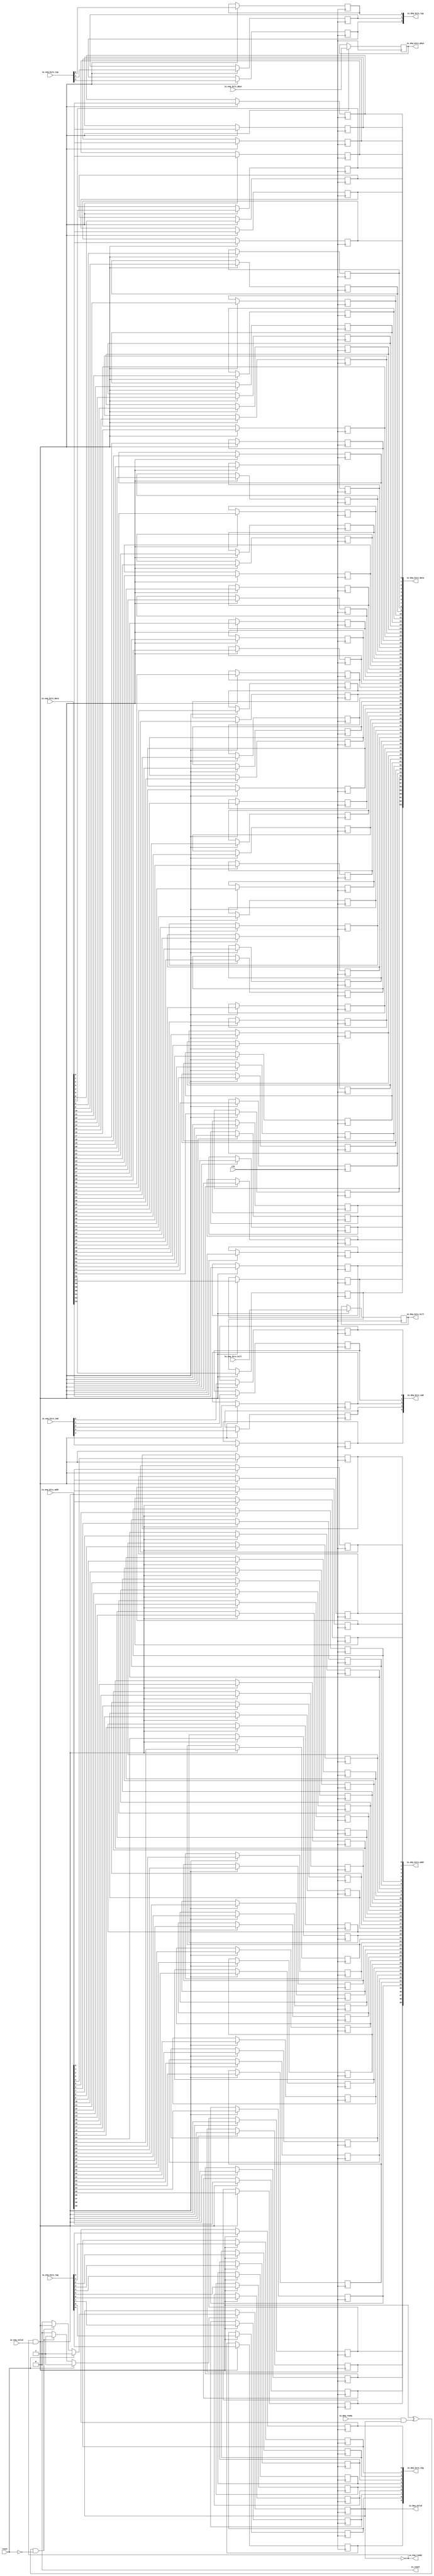
module Queue_11
(
  clk,
  reset,
  io_enq_ready,
  io_enq_valid,
  io_enq_bits_addr,
  io_enq_bits_tag,
  io_enq_bits_cmd,
  io_enq_bits_typ,
  io_enq_bits_kill,
  io_enq_bits_phys,
  io_enq_bits_data,
  io_deq_ready,
  io_deq_valid,
  io_deq_bits_addr,
  io_deq_bits_tag,
  io_deq_bits_cmd,
  io_deq_bits_typ,
  io_deq_bits_kill,
  io_deq_bits_phys,
  io_deq_bits_data,
  io_count
);

  input [39:0] io_enq_bits_addr;
  input [9:0] io_enq_bits_tag;
  input [4:0] io_enq_bits_cmd;
  input [2:0] io_enq_bits_typ;
  input [63:0] io_enq_bits_data;
  output [39:0] io_deq_bits_addr;
  output [9:0] io_deq_bits_tag;
  output [4:0] io_deq_bits_cmd;
  output [2:0] io_deq_bits_typ;
  output [63:0] io_deq_bits_data;
  input clk;
  input reset;
  input io_enq_valid;
  input io_enq_bits_kill;
  input io_enq_bits_phys;
  input io_deq_ready;
  output io_enq_ready;
  output io_deq_valid;
  output io_deq_bits_kill;
  output io_deq_bits_phys;
  output io_count;
  wire io_enq_ready,io_deq_valid,io_count,N0,T2,do_enq,do_deq,empty,N1,N2,N3,N4,N5,N6;
  reg [1:1] T0;
  reg [39:0] io_deq_bits_addr;
  reg [9:0] io_deq_bits_tag;
  reg [4:0] io_deq_bits_cmd;
  reg [2:0] io_deq_bits_typ;
  reg io_deq_bits_kill,io_deq_bits_phys;
  reg [63:0] io_deq_bits_data;
  assign io_count = 1'b0;
  assign T2 = do_enq ^ do_deq;

  always @(posedge clk) begin
    if(N3) begin
      T0[1] <= N4;
    end 
  end


  always @(posedge clk) begin
    if(do_enq) begin
      io_deq_bits_addr[39] <= io_enq_bits_addr[39];
    end 
  end


  always @(posedge clk) begin
    if(do_enq) begin
      io_deq_bits_addr[38] <= io_enq_bits_addr[38];
    end 
  end


  always @(posedge clk) begin
    if(do_enq) begin
      io_deq_bits_addr[37] <= io_enq_bits_addr[37];
    end 
  end


  always @(posedge clk) begin
    if(do_enq) begin
      io_deq_bits_addr[36] <= io_enq_bits_addr[36];
    end 
  end


  always @(posedge clk) begin
    if(do_enq) begin
      io_deq_bits_addr[35] <= io_enq_bits_addr[35];
    end 
  end


  always @(posedge clk) begin
    if(do_enq) begin
      io_deq_bits_addr[34] <= io_enq_bits_addr[34];
    end 
  end


  always @(posedge clk) begin
    if(do_enq) begin
      io_deq_bits_addr[33] <= io_enq_bits_addr[33];
    end 
  end


  always @(posedge clk) begin
    if(do_enq) begin
      io_deq_bits_addr[32] <= io_enq_bits_addr[32];
    end 
  end


  always @(posedge clk) begin
    if(do_enq) begin
      io_deq_bits_addr[31] <= io_enq_bits_addr[31];
    end 
  end


  always @(posedge clk) begin
    if(do_enq) begin
      io_deq_bits_addr[30] <= io_enq_bits_addr[30];
    end 
  end


  always @(posedge clk) begin
    if(do_enq) begin
      io_deq_bits_addr[29] <= io_enq_bits_addr[29];
    end 
  end


  always @(posedge clk) begin
    if(do_enq) begin
      io_deq_bits_addr[28] <= io_enq_bits_addr[28];
    end 
  end


  always @(posedge clk) begin
    if(do_enq) begin
      io_deq_bits_addr[27] <= io_enq_bits_addr[27];
    end 
  end


  always @(posedge clk) begin
    if(do_enq) begin
      io_deq_bits_addr[26] <= io_enq_bits_addr[26];
    end 
  end


  always @(posedge clk) begin
    if(do_enq) begin
      io_deq_bits_addr[25] <= io_enq_bits_addr[25];
    end 
  end


  always @(posedge clk) begin
    if(do_enq) begin
      io_deq_bits_addr[24] <= io_enq_bits_addr[24];
    end 
  end


  always @(posedge clk) begin
    if(do_enq) begin
      io_deq_bits_addr[23] <= io_enq_bits_addr[23];
    end 
  end


  always @(posedge clk) begin
    if(do_enq) begin
      io_deq_bits_addr[22] <= io_enq_bits_addr[22];
    end 
  end


  always @(posedge clk) begin
    if(do_enq) begin
      io_deq_bits_addr[21] <= io_enq_bits_addr[21];
    end 
  end


  always @(posedge clk) begin
    if(do_enq) begin
      io_deq_bits_addr[20] <= io_enq_bits_addr[20];
    end 
  end


  always @(posedge clk) begin
    if(do_enq) begin
      io_deq_bits_addr[19] <= io_enq_bits_addr[19];
    end 
  end


  always @(posedge clk) begin
    if(do_enq) begin
      io_deq_bits_addr[18] <= io_enq_bits_addr[18];
    end 
  end


  always @(posedge clk) begin
    if(do_enq) begin
      io_deq_bits_addr[17] <= io_enq_bits_addr[17];
    end 
  end


  always @(posedge clk) begin
    if(do_enq) begin
      io_deq_bits_addr[16] <= io_enq_bits_addr[16];
    end 
  end


  always @(posedge clk) begin
    if(do_enq) begin
      io_deq_bits_addr[15] <= io_enq_bits_addr[15];
    end 
  end


  always @(posedge clk) begin
    if(do_enq) begin
      io_deq_bits_addr[14] <= io_enq_bits_addr[14];
    end 
  end


  always @(posedge clk) begin
    if(do_enq) begin
      io_deq_bits_addr[13] <= io_enq_bits_addr[13];
    end 
  end


  always @(posedge clk) begin
    if(do_enq) begin
      io_deq_bits_addr[12] <= io_enq_bits_addr[12];
    end 
  end


  always @(posedge clk) begin
    if(do_enq) begin
      io_deq_bits_addr[11] <= io_enq_bits_addr[11];
    end 
  end


  always @(posedge clk) begin
    if(do_enq) begin
      io_deq_bits_addr[10] <= io_enq_bits_addr[10];
    end 
  end


  always @(posedge clk) begin
    if(do_enq) begin
      io_deq_bits_addr[9] <= io_enq_bits_addr[9];
    end 
  end


  always @(posedge clk) begin
    if(do_enq) begin
      io_deq_bits_addr[8] <= io_enq_bits_addr[8];
    end 
  end


  always @(posedge clk) begin
    if(do_enq) begin
      io_deq_bits_addr[7] <= io_enq_bits_addr[7];
    end 
  end


  always @(posedge clk) begin
    if(do_enq) begin
      io_deq_bits_addr[6] <= io_enq_bits_addr[6];
    end 
  end


  always @(posedge clk) begin
    if(do_enq) begin
      io_deq_bits_addr[5] <= io_enq_bits_addr[5];
    end 
  end


  always @(posedge clk) begin
    if(do_enq) begin
      io_deq_bits_addr[4] <= io_enq_bits_addr[4];
    end 
  end


  always @(posedge clk) begin
    if(do_enq) begin
      io_deq_bits_addr[3] <= io_enq_bits_addr[3];
    end 
  end


  always @(posedge clk) begin
    if(do_enq) begin
      io_deq_bits_addr[2] <= io_enq_bits_addr[2];
    end 
  end


  always @(posedge clk) begin
    if(do_enq) begin
      io_deq_bits_addr[1] <= io_enq_bits_addr[1];
    end 
  end


  always @(posedge clk) begin
    if(do_enq) begin
      io_deq_bits_addr[0] <= io_enq_bits_addr[0];
    end 
  end


  always @(posedge clk) begin
    if(do_enq) begin
      io_deq_bits_tag[9] <= io_enq_bits_tag[9];
    end 
  end


  always @(posedge clk) begin
    if(do_enq) begin
      io_deq_bits_tag[8] <= io_enq_bits_tag[8];
    end 
  end


  always @(posedge clk) begin
    if(do_enq) begin
      io_deq_bits_tag[7] <= io_enq_bits_tag[7];
    end 
  end


  always @(posedge clk) begin
    if(do_enq) begin
      io_deq_bits_tag[6] <= io_enq_bits_tag[6];
    end 
  end


  always @(posedge clk) begin
    if(do_enq) begin
      io_deq_bits_tag[5] <= io_enq_bits_tag[5];
    end 
  end


  always @(posedge clk) begin
    if(do_enq) begin
      io_deq_bits_tag[4] <= io_enq_bits_tag[4];
    end 
  end


  always @(posedge clk) begin
    if(do_enq) begin
      io_deq_bits_tag[3] <= io_enq_bits_tag[3];
    end 
  end


  always @(posedge clk) begin
    if(do_enq) begin
      io_deq_bits_tag[2] <= io_enq_bits_tag[2];
    end 
  end


  always @(posedge clk) begin
    if(do_enq) begin
      io_deq_bits_tag[1] <= io_enq_bits_tag[1];
    end 
  end


  always @(posedge clk) begin
    if(do_enq) begin
      io_deq_bits_tag[0] <= io_enq_bits_tag[0];
    end 
  end


  always @(posedge clk) begin
    if(do_enq) begin
      io_deq_bits_cmd[4] <= io_enq_bits_cmd[4];
    end 
  end


  always @(posedge clk) begin
    if(do_enq) begin
      io_deq_bits_cmd[3] <= io_enq_bits_cmd[3];
    end 
  end


  always @(posedge clk) begin
    if(do_enq) begin
      io_deq_bits_cmd[2] <= io_enq_bits_cmd[2];
    end 
  end


  always @(posedge clk) begin
    if(do_enq) begin
      io_deq_bits_cmd[1] <= io_enq_bits_cmd[1];
    end 
  end


  always @(posedge clk) begin
    if(do_enq) begin
      io_deq_bits_cmd[0] <= io_enq_bits_cmd[0];
    end 
  end


  always @(posedge clk) begin
    if(do_enq) begin
      io_deq_bits_typ[2] <= io_enq_bits_typ[2];
    end 
  end


  always @(posedge clk) begin
    if(do_enq) begin
      io_deq_bits_typ[1] <= io_enq_bits_typ[1];
    end 
  end


  always @(posedge clk) begin
    if(do_enq) begin
      io_deq_bits_typ[0] <= io_enq_bits_typ[0];
    end 
  end


  always @(posedge clk) begin
    if(do_enq) begin
      io_deq_bits_kill <= io_enq_bits_kill;
    end 
  end


  always @(posedge clk) begin
    if(do_enq) begin
      io_deq_bits_phys <= io_enq_bits_phys;
    end 
  end


  always @(posedge clk) begin
    if(do_enq) begin
      io_deq_bits_data[63] <= io_enq_bits_data[63];
    end 
  end


  always @(posedge clk) begin
    if(do_enq) begin
      io_deq_bits_data[62] <= io_enq_bits_data[62];
    end 
  end


  always @(posedge clk) begin
    if(do_enq) begin
      io_deq_bits_data[61] <= io_enq_bits_data[61];
    end 
  end


  always @(posedge clk) begin
    if(do_enq) begin
      io_deq_bits_data[60] <= io_enq_bits_data[60];
    end 
  end


  always @(posedge clk) begin
    if(do_enq) begin
      io_deq_bits_data[59] <= io_enq_bits_data[59];
    end 
  end


  always @(posedge clk) begin
    if(do_enq) begin
      io_deq_bits_data[58] <= io_enq_bits_data[58];
    end 
  end


  always @(posedge clk) begin
    if(do_enq) begin
      io_deq_bits_data[57] <= io_enq_bits_data[57];
    end 
  end


  always @(posedge clk) begin
    if(do_enq) begin
      io_deq_bits_data[56] <= io_enq_bits_data[56];
    end 
  end


  always @(posedge clk) begin
    if(do_enq) begin
      io_deq_bits_data[55] <= io_enq_bits_data[55];
    end 
  end


  always @(posedge clk) begin
    if(do_enq) begin
      io_deq_bits_data[54] <= io_enq_bits_data[54];
    end 
  end


  always @(posedge clk) begin
    if(do_enq) begin
      io_deq_bits_data[53] <= io_enq_bits_data[53];
    end 
  end


  always @(posedge clk) begin
    if(do_enq) begin
      io_deq_bits_data[52] <= io_enq_bits_data[52];
    end 
  end


  always @(posedge clk) begin
    if(do_enq) begin
      io_deq_bits_data[51] <= io_enq_bits_data[51];
    end 
  end


  always @(posedge clk) begin
    if(do_enq) begin
      io_deq_bits_data[50] <= io_enq_bits_data[50];
    end 
  end


  always @(posedge clk) begin
    if(do_enq) begin
      io_deq_bits_data[49] <= io_enq_bits_data[49];
    end 
  end


  always @(posedge clk) begin
    if(do_enq) begin
      io_deq_bits_data[48] <= io_enq_bits_data[48];
    end 
  end


  always @(posedge clk) begin
    if(do_enq) begin
      io_deq_bits_data[47] <= io_enq_bits_data[47];
    end 
  end


  always @(posedge clk) begin
    if(do_enq) begin
      io_deq_bits_data[46] <= io_enq_bits_data[46];
    end 
  end


  always @(posedge clk) begin
    if(do_enq) begin
      io_deq_bits_data[45] <= io_enq_bits_data[45];
    end 
  end


  always @(posedge clk) begin
    if(do_enq) begin
      io_deq_bits_data[44] <= io_enq_bits_data[44];
    end 
  end


  always @(posedge clk) begin
    if(do_enq) begin
      io_deq_bits_data[43] <= io_enq_bits_data[43];
    end 
  end


  always @(posedge clk) begin
    if(do_enq) begin
      io_deq_bits_data[42] <= io_enq_bits_data[42];
    end 
  end


  always @(posedge clk) begin
    if(do_enq) begin
      io_deq_bits_data[41] <= io_enq_bits_data[41];
    end 
  end


  always @(posedge clk) begin
    if(do_enq) begin
      io_deq_bits_data[40] <= io_enq_bits_data[40];
    end 
  end


  always @(posedge clk) begin
    if(do_enq) begin
      io_deq_bits_data[39] <= io_enq_bits_data[39];
    end 
  end


  always @(posedge clk) begin
    if(do_enq) begin
      io_deq_bits_data[38] <= io_enq_bits_data[38];
    end 
  end


  always @(posedge clk) begin
    if(do_enq) begin
      io_deq_bits_data[37] <= io_enq_bits_data[37];
    end 
  end


  always @(posedge clk) begin
    if(do_enq) begin
      io_deq_bits_data[36] <= io_enq_bits_data[36];
    end 
  end


  always @(posedge clk) begin
    if(do_enq) begin
      io_deq_bits_data[35] <= io_enq_bits_data[35];
    end 
  end


  always @(posedge clk) begin
    if(do_enq) begin
      io_deq_bits_data[34] <= io_enq_bits_data[34];
    end 
  end


  always @(posedge clk) begin
    if(do_enq) begin
      io_deq_bits_data[33] <= io_enq_bits_data[33];
    end 
  end


  always @(posedge clk) begin
    if(do_enq) begin
      io_deq_bits_data[32] <= io_enq_bits_data[32];
    end 
  end


  always @(posedge clk) begin
    if(do_enq) begin
      io_deq_bits_data[31] <= io_enq_bits_data[31];
    end 
  end


  always @(posedge clk) begin
    if(do_enq) begin
      io_deq_bits_data[30] <= io_enq_bits_data[30];
    end 
  end


  always @(posedge clk) begin
    if(do_enq) begin
      io_deq_bits_data[29] <= io_enq_bits_data[29];
    end 
  end


  always @(posedge clk) begin
    if(do_enq) begin
      io_deq_bits_data[28] <= io_enq_bits_data[28];
    end 
  end


  always @(posedge clk) begin
    if(do_enq) begin
      io_deq_bits_data[27] <= io_enq_bits_data[27];
    end 
  end


  always @(posedge clk) begin
    if(do_enq) begin
      io_deq_bits_data[26] <= io_enq_bits_data[26];
    end 
  end


  always @(posedge clk) begin
    if(do_enq) begin
      io_deq_bits_data[25] <= io_enq_bits_data[25];
    end 
  end


  always @(posedge clk) begin
    if(do_enq) begin
      io_deq_bits_data[24] <= io_enq_bits_data[24];
    end 
  end


  always @(posedge clk) begin
    if(do_enq) begin
      io_deq_bits_data[23] <= io_enq_bits_data[23];
    end 
  end


  always @(posedge clk) begin
    if(do_enq) begin
      io_deq_bits_data[22] <= io_enq_bits_data[22];
    end 
  end


  always @(posedge clk) begin
    if(do_enq) begin
      io_deq_bits_data[21] <= io_enq_bits_data[21];
    end 
  end


  always @(posedge clk) begin
    if(do_enq) begin
      io_deq_bits_data[20] <= io_enq_bits_data[20];
    end 
  end


  always @(posedge clk) begin
    if(do_enq) begin
      io_deq_bits_data[19] <= io_enq_bits_data[19];
    end 
  end


  always @(posedge clk) begin
    if(do_enq) begin
      io_deq_bits_data[18] <= io_enq_bits_data[18];
    end 
  end


  always @(posedge clk) begin
    if(do_enq) begin
      io_deq_bits_data[17] <= io_enq_bits_data[17];
    end 
  end


  always @(posedge clk) begin
    if(do_enq) begin
      io_deq_bits_data[16] <= io_enq_bits_data[16];
    end 
  end


  always @(posedge clk) begin
    if(do_enq) begin
      io_deq_bits_data[15] <= io_enq_bits_data[15];
    end 
  end


  always @(posedge clk) begin
    if(do_enq) begin
      io_deq_bits_data[14] <= io_enq_bits_data[14];
    end 
  end


  always @(posedge clk) begin
    if(do_enq) begin
      io_deq_bits_data[13] <= io_enq_bits_data[13];
    end 
  end


  always @(posedge clk) begin
    if(do_enq) begin
      io_deq_bits_data[12] <= io_enq_bits_data[12];
    end 
  end


  always @(posedge clk) begin
    if(do_enq) begin
      io_deq_bits_data[11] <= io_enq_bits_data[11];
    end 
  end


  always @(posedge clk) begin
    if(do_enq) begin
      io_deq_bits_data[10] <= io_enq_bits_data[10];
    end 
  end


  always @(posedge clk) begin
    if(do_enq) begin
      io_deq_bits_data[9] <= io_enq_bits_data[9];
    end 
  end


  always @(posedge clk) begin
    if(do_enq) begin
      io_deq_bits_data[8] <= io_enq_bits_data[8];
    end 
  end


  always @(posedge clk) begin
    if(do_enq) begin
      io_deq_bits_data[7] <= io_enq_bits_data[7];
    end 
  end


  always @(posedge clk) begin
    if(do_enq) begin
      io_deq_bits_data[6] <= io_enq_bits_data[6];
    end 
  end


  always @(posedge clk) begin
    if(do_enq) begin
      io_deq_bits_data[5] <= io_enq_bits_data[5];
    end 
  end


  always @(posedge clk) begin
    if(do_enq) begin
      io_deq_bits_data[4] <= io_enq_bits_data[4];
    end 
  end


  always @(posedge clk) begin
    if(do_enq) begin
      io_deq_bits_data[3] <= io_enq_bits_data[3];
    end 
  end


  always @(posedge clk) begin
    if(do_enq) begin
      io_deq_bits_data[2] <= io_enq_bits_data[2];
    end 
  end


  always @(posedge clk) begin
    if(do_enq) begin
      io_deq_bits_data[1] <= io_enq_bits_data[1];
    end 
  end


  always @(posedge clk) begin
    if(do_enq) begin
      io_deq_bits_data[0] <= io_enq_bits_data[0];
    end 
  end

  assign N3 = (N0)? 1'b1 : 
              (N6)? 1'b1 : 
              (N2)? 1'b0 : 1'b0;
  assign N0 = reset;
  assign N4 = (N0)? 1'b0 : 
              (N6)? do_enq : 1'b0;
  assign do_enq = io_enq_ready & io_enq_valid;
  assign do_deq = io_deq_ready & io_deq_valid;
  assign io_deq_valid = ~empty;
  assign empty = ~T0[1];
  assign io_enq_ready = ~T0[1];
  assign N1 = T2 | reset;
  assign N2 = ~N1;
  assign N5 = ~reset;
  assign N6 = T2 & N5;

endmodule